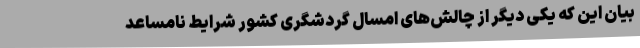
بیان این که یکی دیگر از چالش‌های امسال گردشگری کشور شرایط نامساعد